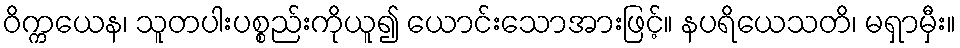
ဝိက္ကယေန၊ သူတပါးပစ္စည်းကိုယူ၍ ယောင်းသောအားဖြင့်။ နပရိယေသတိ၊ မရှာမှီး။